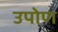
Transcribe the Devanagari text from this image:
उपोण